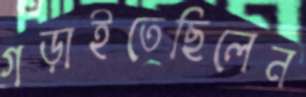
গড়াইতেছিলেন